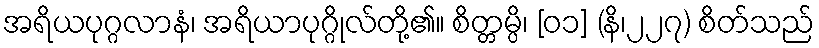
အရိယပုဂ္ဂလာနံ၊ အရိယာပုဂ္ဂိုလ်တို့၏။ စိတ္တမ္ပိ၊ [၀၁] (နိ၊၂၂၇) စိတ်သည်